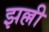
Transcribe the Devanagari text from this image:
झल्ली